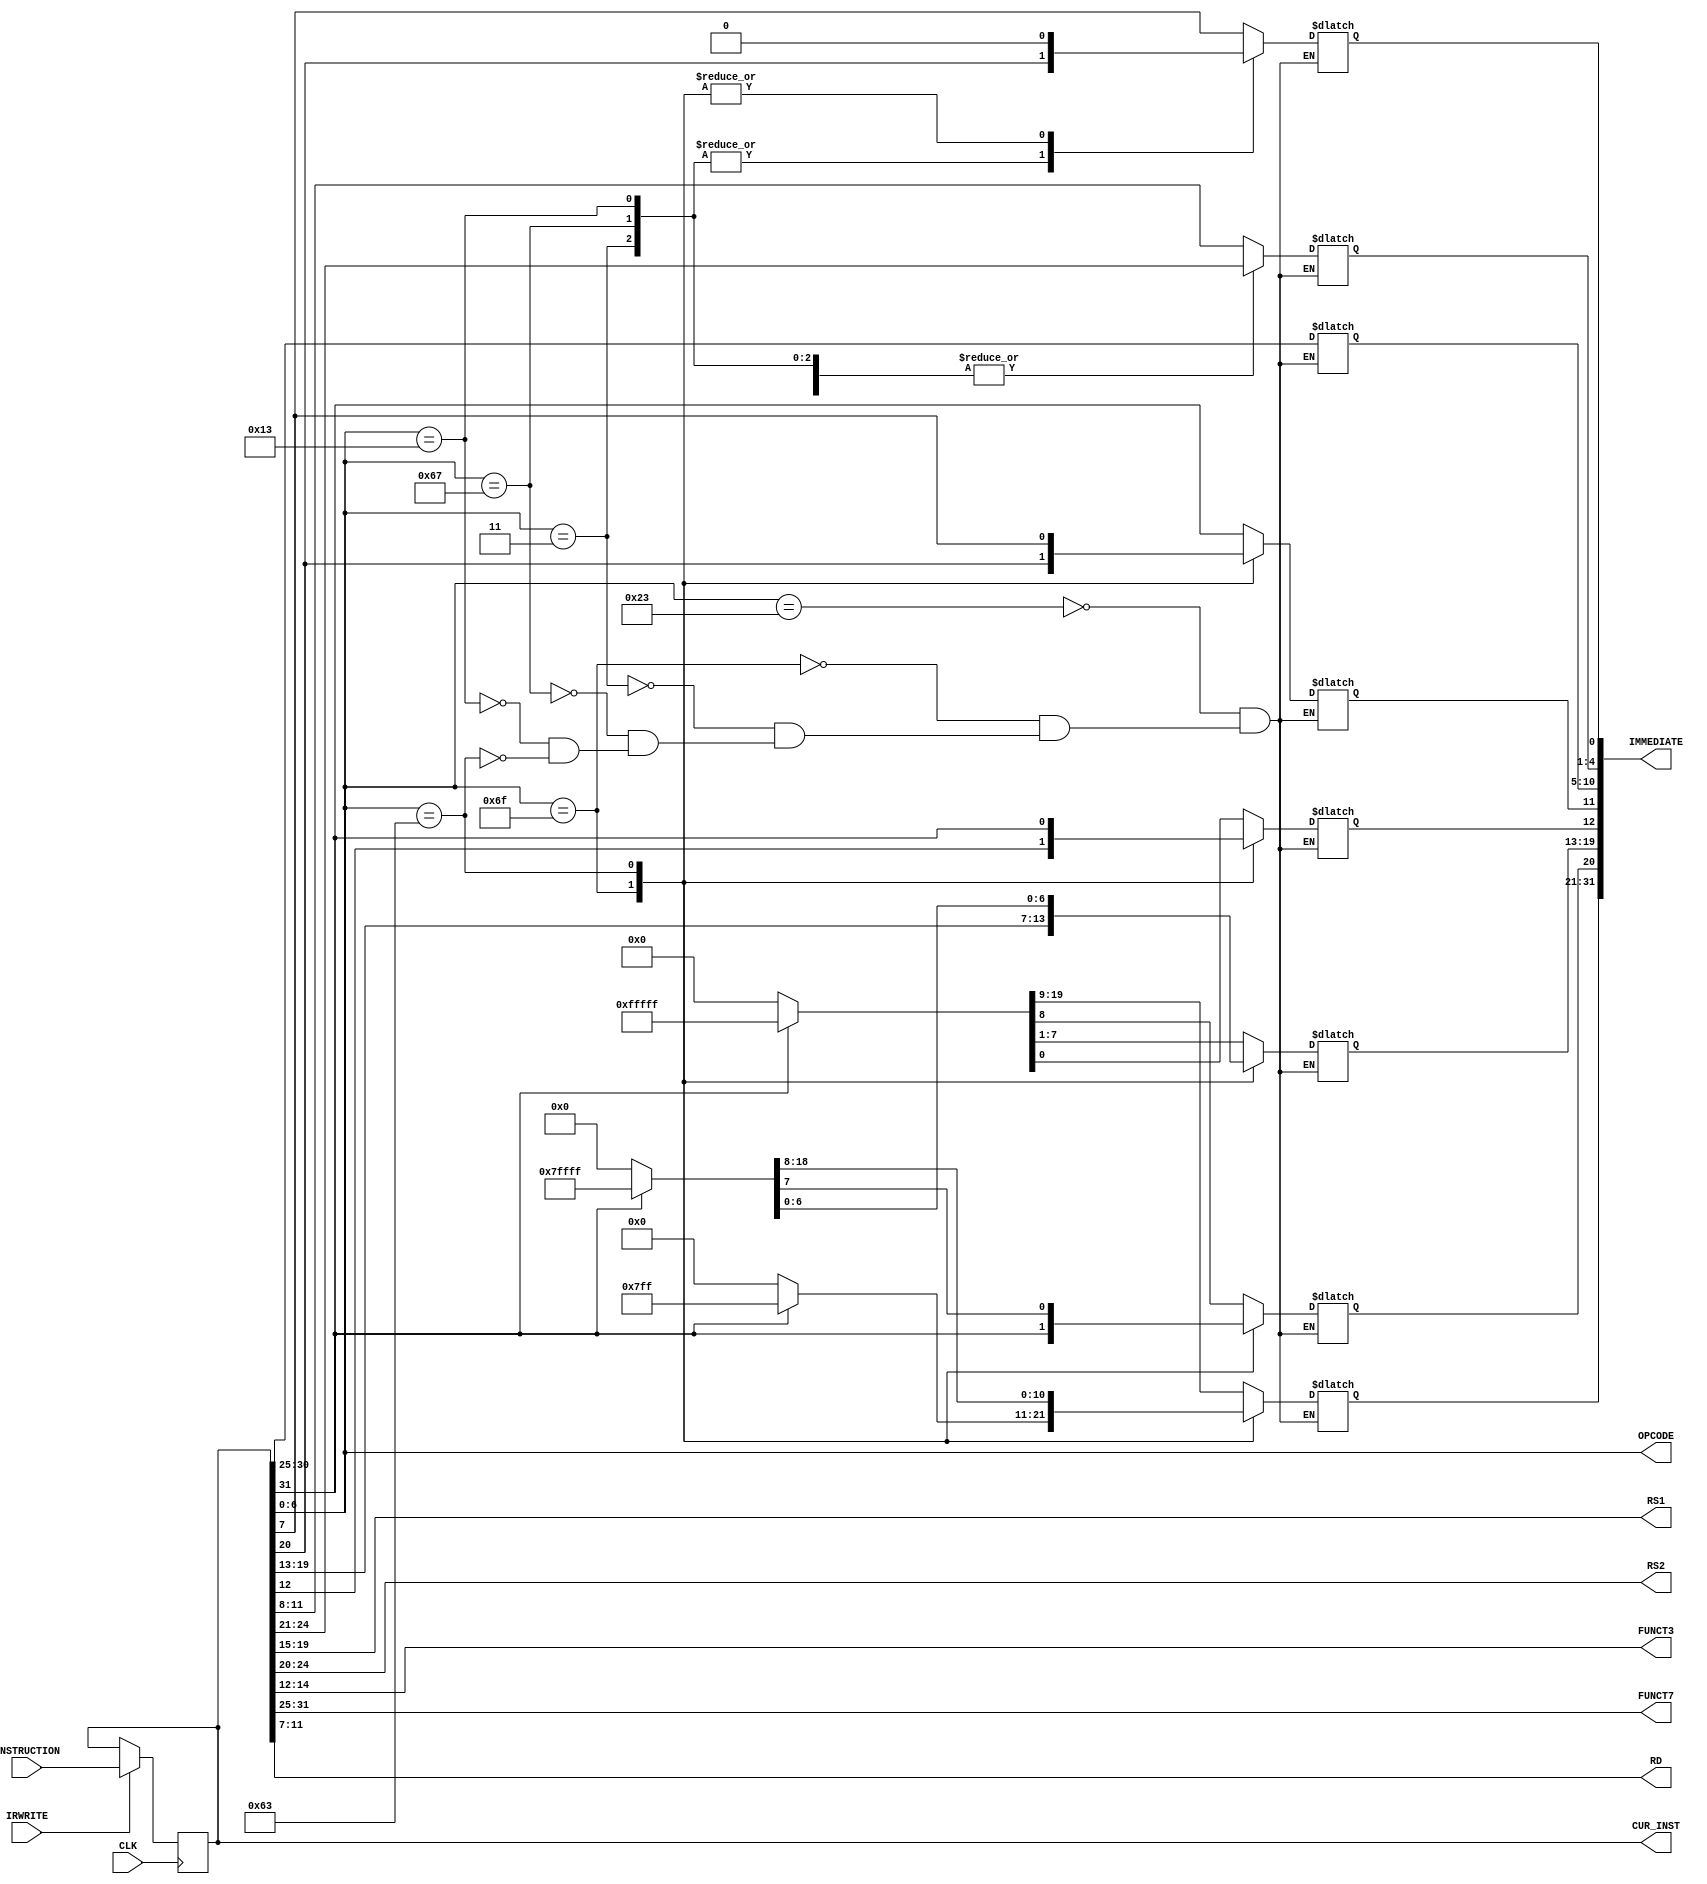
module INSTREG(

		input CLK,
		input [31:0] INSTRUCTION,
      input IRWRITE,

		output [6:0] OPCODE,
		output [31:0] IMMEDIATE,
		output [4:0] RS1,
		output [4:0] RS2,
		output [2:0] FUNCT3,
		output [6:0] FUNCT7,
		output [4:0] RD,
		output [31:0] CUR_INST

		);

		reg[31:0] TEMP_INST;
		reg[6:0] _OPCODE;
		reg[31:0] _IMMEDIATE;
		reg[4:0] _RS1;
		reg[4:0] _RS2;
		reg[2:0] _FUNCT3;
		reg[6:0] _FUNCT7;
		reg[4:0] _RD;

		assign CUR_INST = TEMP_INST;
		assign OPCODE = _OPCODE;
		assign IMMEDIATE = _IMMEDIATE;
		assign RS1 = _RS1;
		assign RS2 = _RS2;
		assign FUNCT3 = _FUNCT3;
		assign FUNCT7 = _FUNCT7;
		assign RD = _RD;

		initial begin
			TEMP_INST = 0;
			_OPCODE = 0;
			_IMMEDIATE = 0;
			_RS1 = 0;
			_RS2 = 0;
			_FUNCT3 = 0;
			_FUNCT7 = 0;
			_RD = 0;
		end

		always@ (posedge CLK) begin
			if (IRWRITE) TEMP_INST <= INSTRUCTION;
		end

		always@ (TEMP_INST) begin
			 _RS1 = TEMP_INST[19:15];
			 _RS2 = TEMP_INST[24:20];
			 _RD = TEMP_INST[11:7];
			 _FUNCT3 = TEMP_INST[14:12];
			 _FUNCT7 = TEMP_INST[31:25];
			 _OPCODE = TEMP_INST[6:0];
			 case (_OPCODE)
			 7'b0100011: begin//SW
				  _IMMEDIATE[4:0] = TEMP_INST[11:7];
				  _IMMEDIATE[11:5] = TEMP_INST[31:25];
				  if (_IMMEDIATE[11] == 0) _IMMEDIATE[31:12] = 0;
				  else _IMMEDIATE[31:12] = 20'b11111111111111111111;
			 end
			 7'b1101111: begin //JAL
				  _IMMEDIATE[20] = TEMP_INST[31];
				  _IMMEDIATE[19:12] = TEMP_INST[19:12];
				  _IMMEDIATE[11] = TEMP_INST[20];
				  _IMMEDIATE[10:1] = TEMP_INST[30:21];
				  _IMMEDIATE[0] = 0;
				  if (_IMMEDIATE[20] == 0) _IMMEDIATE[31:21] = 0;
				  else _IMMEDIATE[31:21] = 11'b11111111111;
			 end
			 7'b0000011: begin //LW
				  _IMMEDIATE[11:0] = TEMP_INST[31:20];
				  if (_IMMEDIATE[11] == 0) _IMMEDIATE[31:12] = 0;
				  else _IMMEDIATE[31:12] = 20'b11111111111111111111;
			 end
			 7'b1100111: begin // JALR
				  _IMMEDIATE[11:0] = TEMP_INST[31:20];
				  if (_IMMEDIATE[11] == 0) _IMMEDIATE[31:12] = 0;
				  else _IMMEDIATE[31:12] = 20'b11111111111111111111;
			 end
			 7'b0010011: begin // I-type
				  _IMMEDIATE[11:0] = TEMP_INST[31:20];
				  if (_IMMEDIATE[11] == 0) begin
						_IMMEDIATE[31:12] = 0;
				  end
				  else _IMMEDIATE[31:12] = 20'b11111111111111111111; 
			end
			 7'b1100011: begin // BR
				  _IMMEDIATE[0] = 0;
				  _IMMEDIATE[4:1] = TEMP_INST[11:8];
				  _IMMEDIATE[10:5] = TEMP_INST[30:25];
				  _IMMEDIATE[11] = TEMP_INST[7];
				  _IMMEDIATE[12] = TEMP_INST[31];
				  if (_IMMEDIATE[12] == 0) _IMMEDIATE[31:13] = 0;
				  else _IMMEDIATE[31:13] = 19'b1111111111111111111;
			end
		 endcase
		end
endmodule